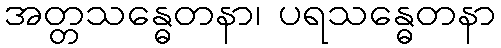
အတ္တသန္ဓေတနာ၊ ပရသန္ဓေတနာ